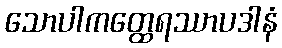
သောပါကတ္ထေရဿာပဒါနံ